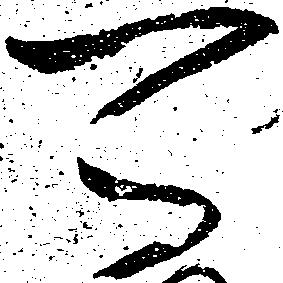
可